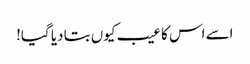
اسے اس کا عیب کیوں بتا دیا گیا!